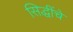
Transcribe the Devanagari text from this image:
सिद्धींचे